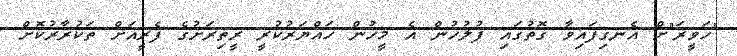
"ހަވީރަ"ށް އެނގިފައިވާ ގޮތުގައި ފުލުހުން އެ މީހުން ހައްޔަރުކުރީ ރީތިރަށުގެ ފެރީއަށް ތަކުރާރުކޮށް